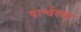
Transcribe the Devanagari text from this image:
पार्श्वस्या